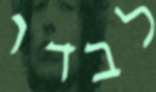
לבדו